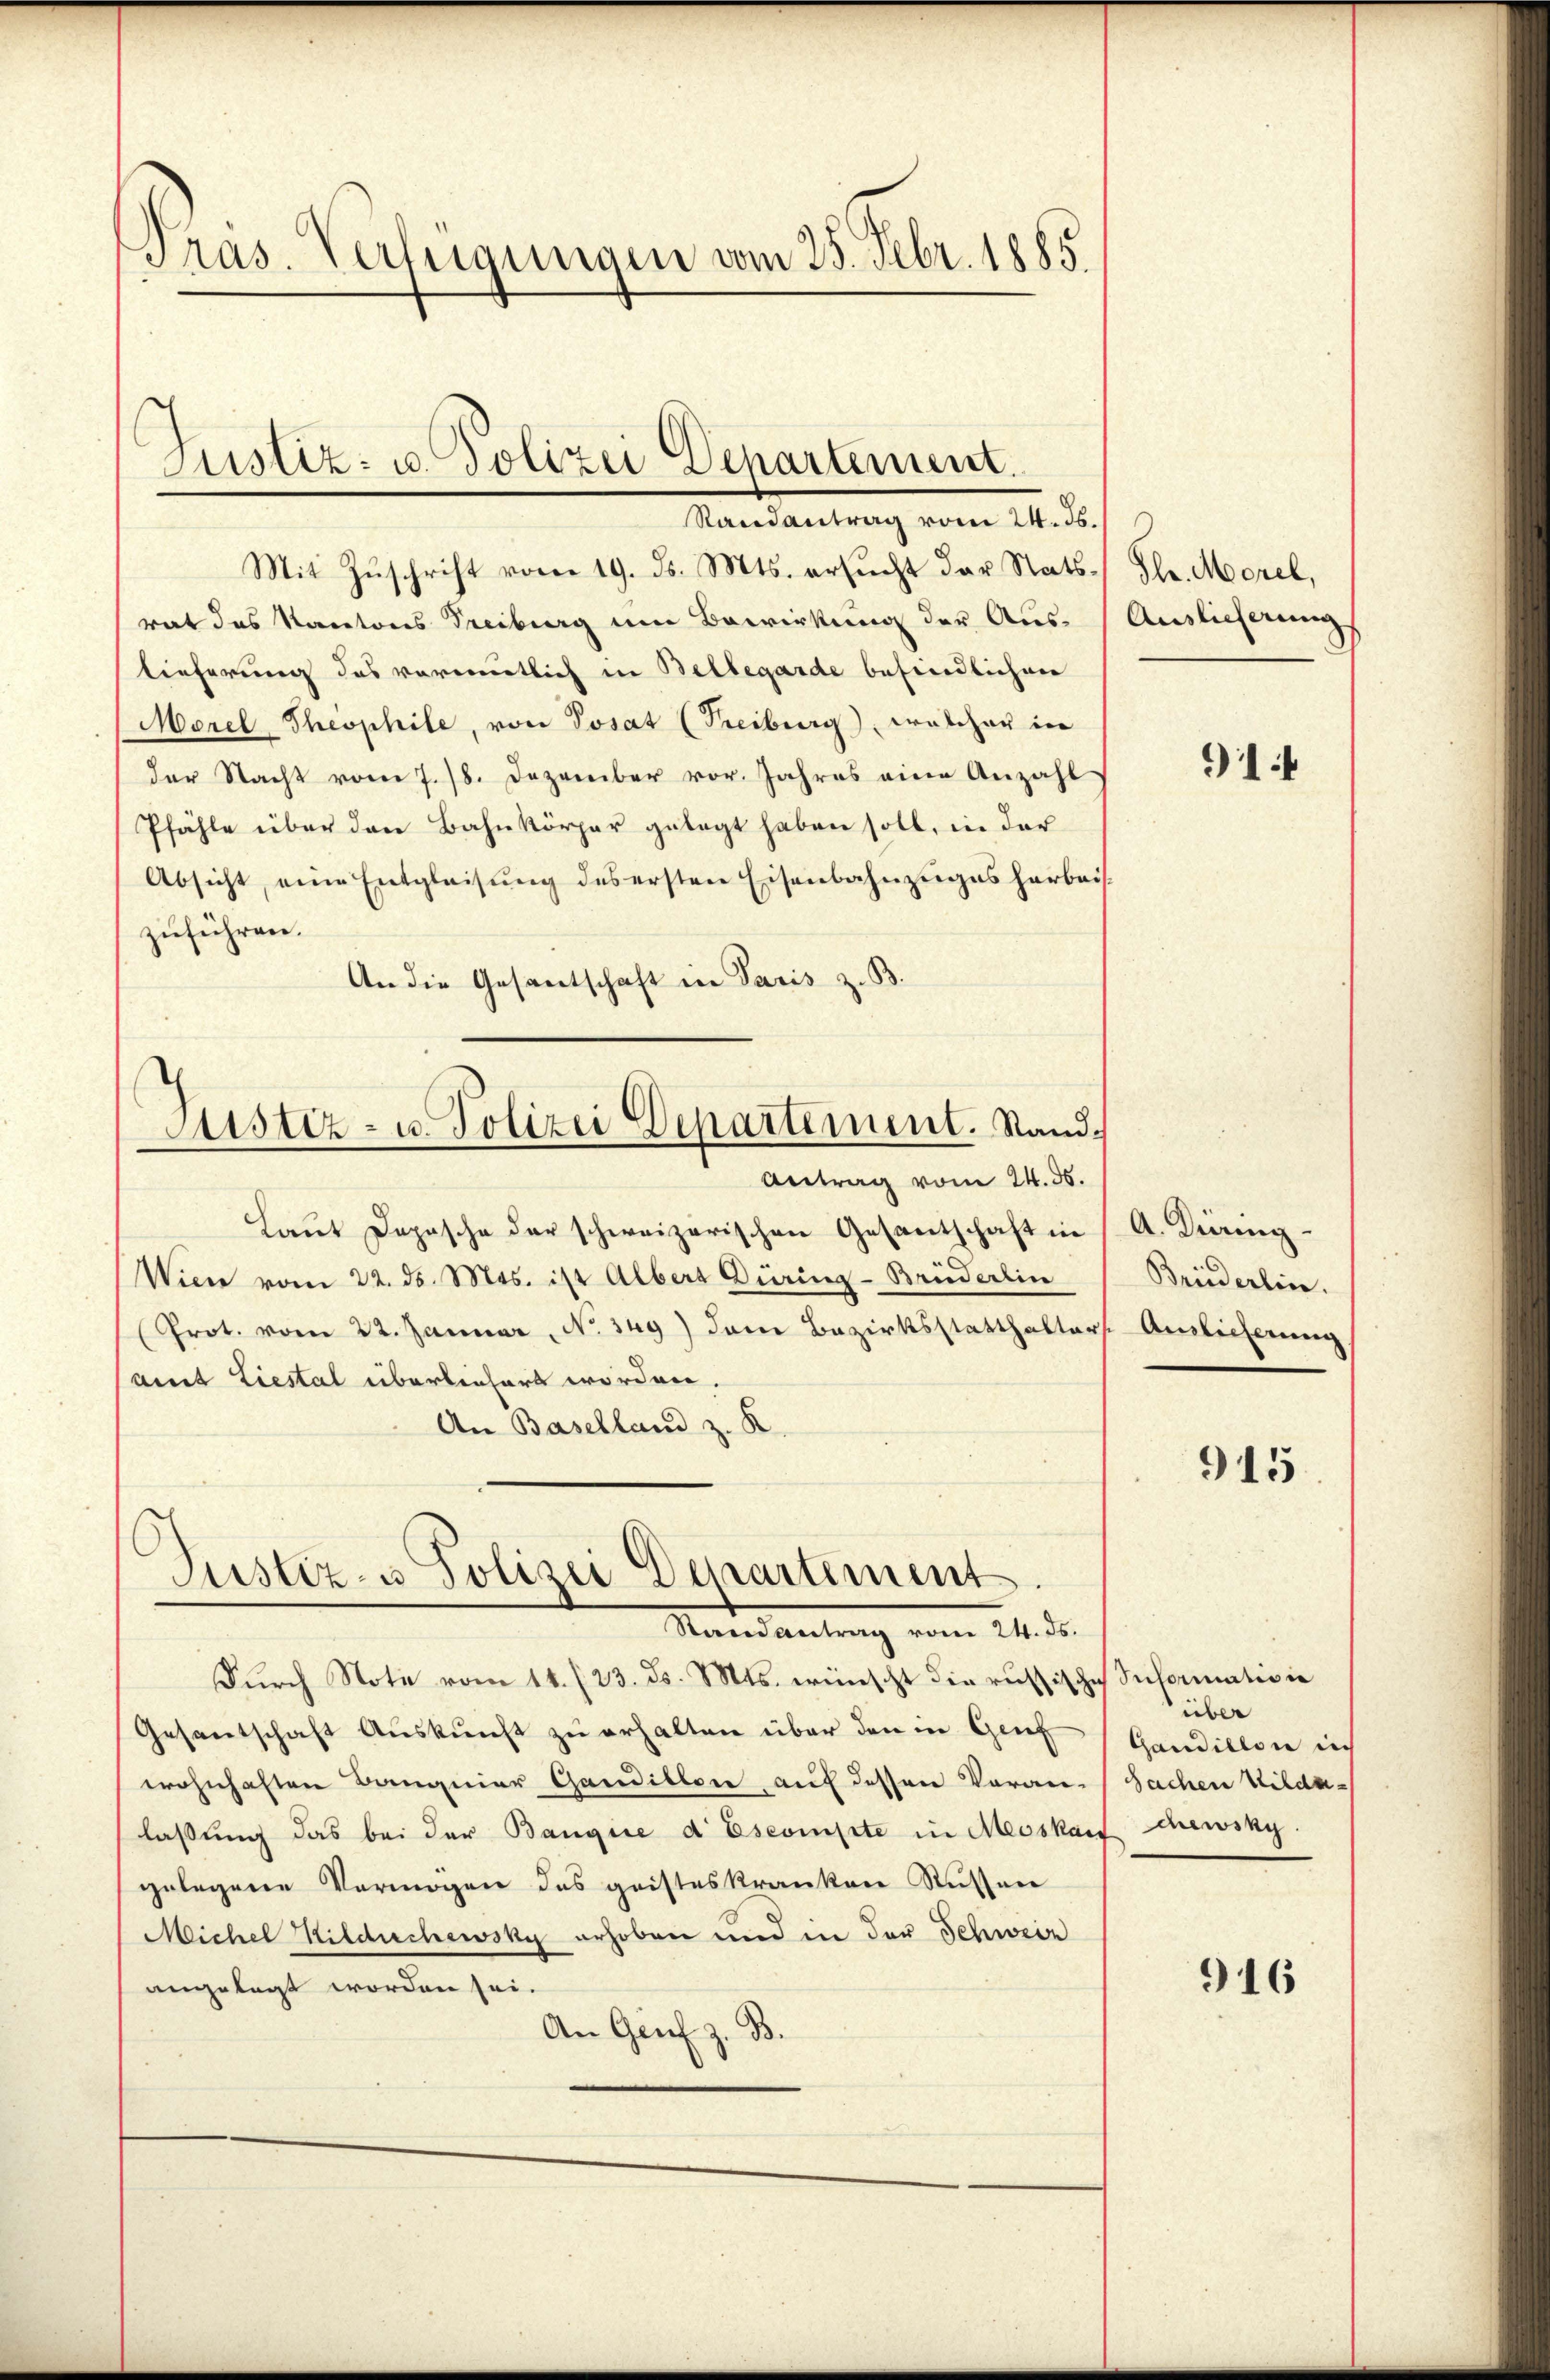
Präs. Verfügungen vom 25. Febr. 1885.

Randantrag vom 24. ds.
Mit Zuschrift vom 19. ds. Mts. ersucht der Statsrat das Kantons Freiburg um Bewirkung der Aus- Auslieferen
lieferung des vormutlich in Bellegarde befindlichen
Morel, Theophile, von Posat (Freiburg, welcher in
der Nacht vom 7./8. Dezember vor. Jahres eine Anzahl
Pfähle über den Bahnkörper gelegt haben soll, in der
Absicht, eine Entgleisŭng des ersten Eisenbahnzuges herbeizuführen.
An die Gesantschaft in Paris z. B.
Antrag vom 24. 36.
Laut Depesche der schweizerischen Gesandtschaft in
Wien vom 22. ds. Mts. ist Albers Düring-Brüderlin
(Prot. vom 22. Januar, No. 349) dem Bezirksstatthalter
amt Liestal überleichert worden.
An Baselland z. R.
Justiz- u Polizei Departement.
Mandantung vom 21. d.
Durch Note vom 11. (23. d. Mts. wünscht die russische Information
Gesantschaft Auskunft zu erhalten über den in Grief
wohnhaften Banquier Gandiblone, auf dessen Voran-Sachen Wildalaßung das bei der Bangice d Escompte in Moskauf chewsky.
gelegene Vermögen das gristeskrankene Russen
Michel Hildachewsky erhoben und in der Schwein
angelegt worden sei.
An Genf z. B.

Justiz- u. Polizei Departement.

Justiz- u. Polizei Departement. Stand¬

Hlr. Morel,

91

A. Diermig
Breederlin.
Auslicherung

915

über
Gandillone in

916